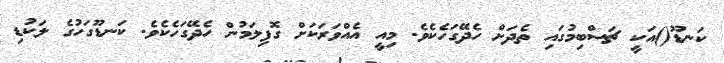
ކަނޑޫ()އަކީ ޗަސްބިމުގައި ތެދަށް ހެދޭގަހެކެވެ. މިއީ އެއްވަރަކަށް ގޮފިލަމުން ހެދޭގަހެކެވެ. ކަނޑޫގަހުގެ ލަކުޑި